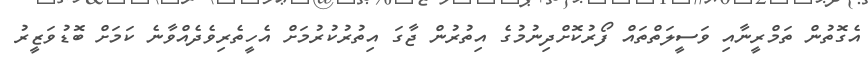
އެގޮތުން ތަމްރީނާއި ވަސީލަތްތައް ފޯރުކޮށްދިނުމުގެ އިތުރުން ޖާގަ އިތުރުކުރުމަށް އެހީތެރިވެދެއްވާނެ ކަމަށް ބޮޑުވަޒީރު